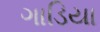
ગાડિયા